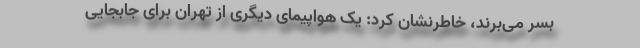
بسر می‌برند، خاطرنشان کرد: یک هواپیمای دیگری از تهران برای جابجایی